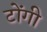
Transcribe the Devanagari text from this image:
टोंगी